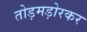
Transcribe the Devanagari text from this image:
तोड़मड़ोरकर